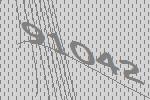
91042